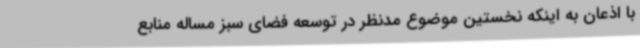
با اذعان به اینکه نخستین موضوع مدنظر در توسعه فضای سبز مساله منابع